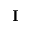
{ \mathbf I }